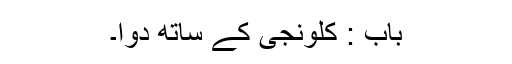
باب : کلونجی کے ساتھ دوا۔